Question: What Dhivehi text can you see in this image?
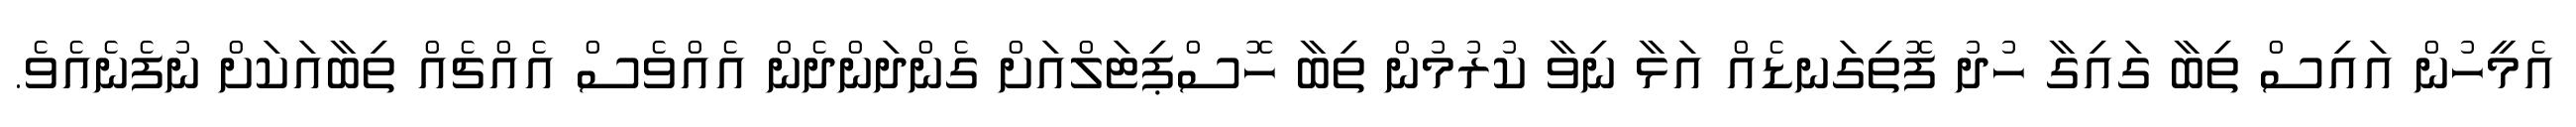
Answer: އެމީހުން އައިސް ތިބާ ގައިގާ ހުދު ފޮތިގަނޑެއް އަޅާ ނިވާ ކުރުމުން ތިބާ ހޮސްޕިޓަލްއަށް ގެންދަންދެން އެއްވެސް އެއްޗެއް ތިބާއަކަށް ނުފެނެއެވެ.